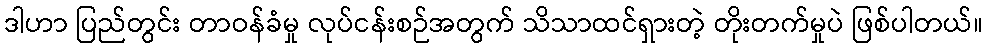
ဒါဟာ ပြည်တွင်း တာဝန်ခံမှု လုပ်ငန်းစဉ်အတွက် သိသာထင်ရှားတဲ့ တိုးတက်မှုပဲ ဖြစ်ပါတယ်။